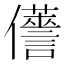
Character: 𠑏